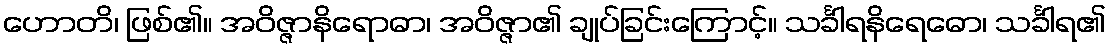
ဟောတိ၊ ဖြစ်၏။ အဝိဇ္ဇာနိရောဓာ၊ အဝိဇ္ဇာ၏ ချုပ်ခြင်းကြောင့်။ သင်္ခါရနိရေဓော၊ သင်္ခါရ၏